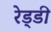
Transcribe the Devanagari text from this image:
रेड्‌डी